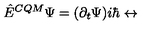
\hat { E } ^ { C Q M } \Psi = ( \partial _ { t } \Psi ) i \hbar \leftrightarrow